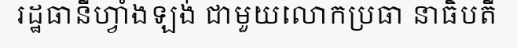
រដ្ឋធានីហ្វាំងឡង់ ជាមួយលោកប្រធា នាធិបតី